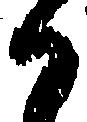
か